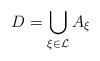
LaTeX: \begin{align*}D= \bigcup_{\xi \in \mathcal{L}} A_\xi\end{align*}